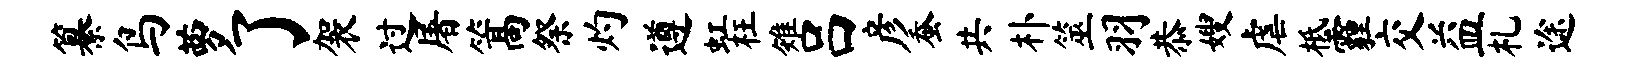
纂鸟萝了袈过屠篙祭灼遵虹枉雉吕彦蚕共朴筮羽恭嫂虐柢霾交益札途